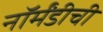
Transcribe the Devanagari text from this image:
नॉर्मंडीची